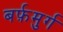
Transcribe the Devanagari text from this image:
बर्फ़मुर्ग